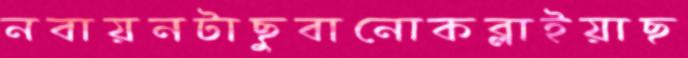
নবায়নটাছুবানোকব্‌লাইয়াছ